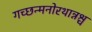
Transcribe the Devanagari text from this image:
गच्छन्मनोरथान्नश्च